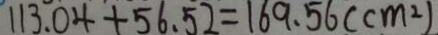
1 1 3 . 0 4 + 5 6 . 5 2 = 1 6 9 . 5 6 ( c m ^ { 2 } )